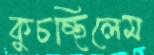
কুচচ্ছিলেম